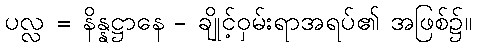
ပလ္လ = နိန္နဋ္ဌာနေ - ချိုင့်ဝှမ်းရာအရပ်၏ အဖြစ်၌။